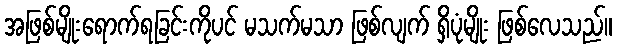
အဖြစ်မျိုးရောက်ရခြင်းကိုပင် မသက်မသာ ဖြစ်လျက် ရှိပုံမျိုး ဖြစ်လေသည်။